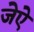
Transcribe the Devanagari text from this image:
जेऐ